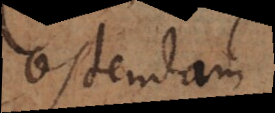
ostendam,